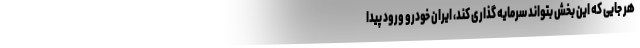
هر جایی که این بخش بتواند سرمایه گذاری کند، ایران خودرو ورود پیدا